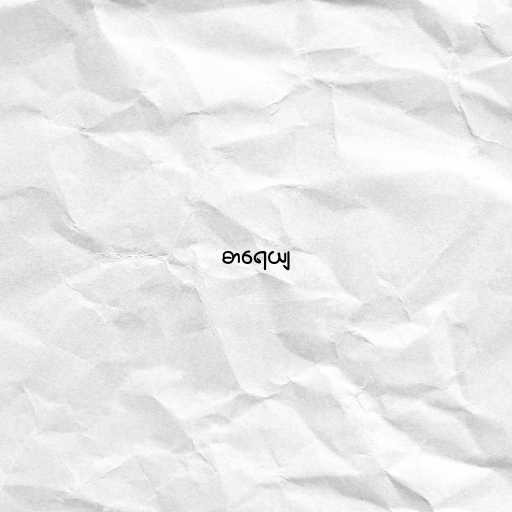
ဓာရေယျ